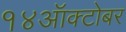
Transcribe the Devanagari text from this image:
१४ऑक्टोबर